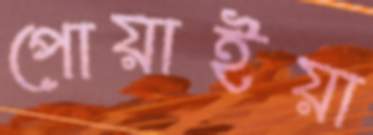
পোয়াইয়া